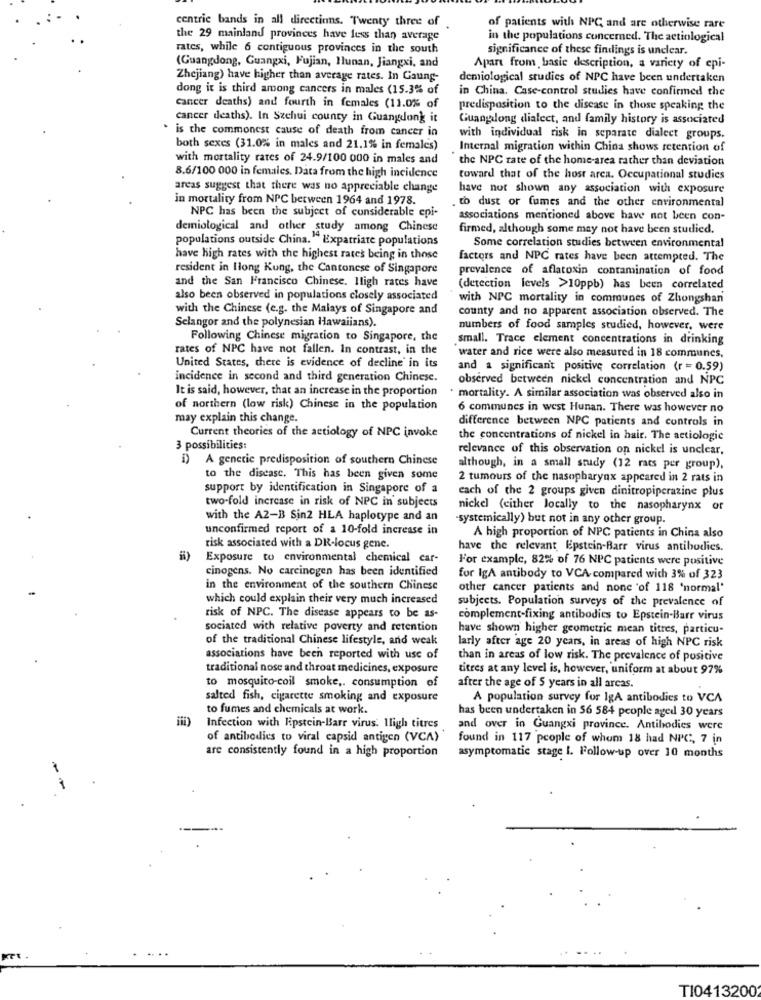
centric bands in all directions. Twenty three of
of patients with NPC and are otherwise rare
the 29 mainland provinces have less than average
in the populations concerned. The actinlogical
rates, while 6 contiguous provinces in the south
significance of these findings is unclear.
(Guangdong, Guangxi, Fujian, Ilunan, Jiangxi, and
Apart from basic description, a variety of epi-
Zhejiang) have higher than average rates. In Gaung-
demiological studies of NPC have been undertaken
dong it is third among cancers in males (15.3% of
in China. Case-control studies have confirmed the
Cancer deaths) and fourth in females (11.0% of
predisposition to the disease in those speaking the
cancer deaths). In Szehui county in Guangdong it
Guangdong dialect, and family history is associated
. is the commonest cause of death from cancer in
with individual risk in separate dialect groups.
both sexes (31.0% in males and 21.1% in females)
Internal migration within China shows retention of
with mortality rates of 24.9/100 000 in males and
the NPC rate of the home-area rather than deviation
8.6/100 000 in females. Data from the high incidence
toward that of the host area. Occupational studies
areas suggest that there was no appreciable change
have not shown any association with exposure
in mortality from NPC between 1964 and 1978.
to dust or fumes and the other environmental
NPC has been the subject of considerable epi-
associations mentioned above have not been con-
demiological and other study among Chinese
firmed, although some may not have been studied.
populations outside China. " Expatriate populations
Some correlation studies between environmental
have high rates with the highest rates being in those
factors and NPC rates have been attempted. The
resident in Hong Kong, the Cantonese of Singapore
prevalence of aflatoxin contamination of food
and the San Francisco Chinese. Iligh races have
(detection levels >10ppb) has been correlated
also been observed in populations closely associated
with NPC mortality in communes of Zhongshan
with the Chinese (e.g. the Malays of Singapore and
county and no apparent association observed. The
Selangor and the polynesian Hawaiians).
numbers of food samples studied, however, were
Following Chinese migration to Singapore, the
small. Trace clement concentrations in drinking
rates of NPC have not fallen. In contrast, in the
water and rice were also measured in 18 communes,
United States, there is evidence of decline in its
and a significant positive correlation (r = 0.59)
incidence in second and third generation Chinese.
observed between nickel concentration and NPC
It is said, however, that an increase in the proportion
mortality. A similar association was observed also in
of northern (low risk) Chinese in the population
6 communes in west Hunan. There was however no
may explain this change.
difference between NPC patients and controls in
Current theories of the actiology of NPC invoke
the concentrations of nickel in hair. The aetiologic
3 possibilities:
relevance of this observation on nickel is unclear,
i) A genetic predisposition of southern Chinese
although, in a small study (12 rats per group),
to the disease. This has been given some
2 tumours of the nasopharynx appeared in 2 rats in
support by identification in Singapore of a
each of the 2 groups given dinitropiperazine plus
two-fold increase in risk of NPC in subjects
nickel (either locally to the nasopharynx or
with the A2-B Sin2 HLA haplotype and an
-systemically) but not in any other group.
unconfirmed report of a 10-fold increase in
A high proportion of NPC patients in China also
risk associated with a DR-locus gene.
have the relevant Epstein-Barr virus antibodies.
Exposure to environmental chemical car-
For example, 82% of 76 NPC patients were positive
cinogens. No carcinogen has been identified
for IgA antibody to VCA- compared with 3% of 323
in the environment of the southern Chinese
other cancer patients and none of 118 'normal'
which could explain their very much increased
subjects. Population surveys of the prevalence of
risk of NPC. The disease appears to be as-
complement-fixing antibodies to Epstein-Barr virus
sociated with relative poverty and retention
have shown higher geometric mean titres, particu-
of the traditional Chinese lifestyle, and weak
larly after age 20 years, in areas of high NPC risk
associations have been reported with use of
than in areas of low risk. The prevalence of positive
traditional nose and throat medicines, exposure
titres at any level is, however, uniform at about 97%
to mosquito-coil smoke ,. consumption of
after the age of 5 years in all areas.
salted fish, cigarette smoking and exposure
A population survey for IgA antibodies to VCA
to fumes and chemicals at work.
has been undertaken in 56 584 people aged 30 years
Infection with Epstein-Barr virus. Iligh titres
and over in Guangxi province. Antibodies were
of antibodies to viral capsid antigen (VCA)
found in 117 people of whom 18 had NPC, 7 in
are consistently found in a high proportion
asymptomatic stage I. Follow-up over 10 months
-
T10413200